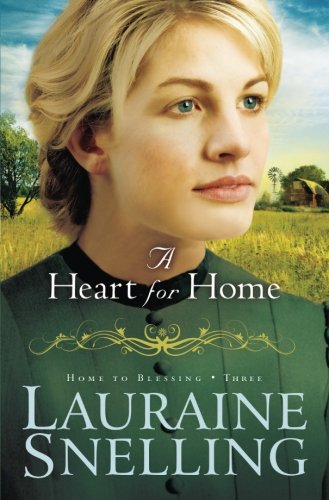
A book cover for A Heart for Home (Home to Blessing, Book 3) (Volume 3); Lauraine Snelling; Romance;